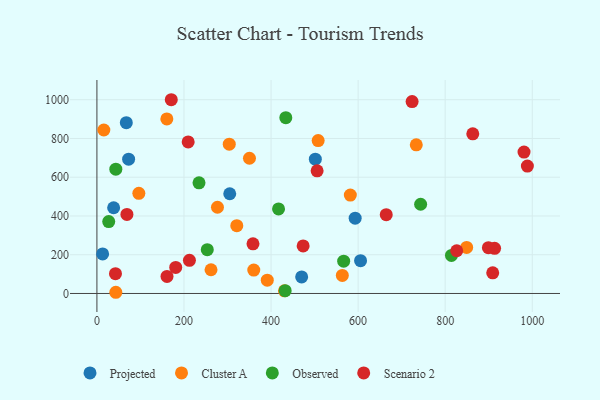
{"axis": {"x": "Price", "y": "Salary"}, "legend": ["Cluster A", "Observed", "Projected", "Scenario 2"], "data": [{"x": "13.1", "y": 204.3, "type": "Projected"}, {"x": "38.4", "y": 442.3, "type": "Projected"}, {"x": "305.1", "y": 514.7, "type": "Projected"}, {"x": "72.8", "y": 692.9, "type": "Projected"}, {"x": "593.2", "y": 388.6, "type": "Projected"}, {"x": "470.3", "y": 85.3, "type": "Projected"}, {"x": "501.7", "y": 692.9, "type": "Projected"}, {"x": "605.6", "y": 169.5, "type": "Projected"}, {"x": "67.5", "y": 881.6, "type": "Projected"}, {"x": "160.6", "y": 900.8, "type": "Cluster A"}, {"x": "430.8", "y": 13.6, "type": "Cluster A"}, {"x": "360.3", "y": 121.0, "type": "Cluster A"}, {"x": "262.1", "y": 122.5, "type": "Cluster A"}, {"x": "849.3", "y": 237.7, "type": "Cluster A"}, {"x": "96.3", "y": 517.1, "type": "Cluster A"}, {"x": "563.7", "y": 93.1, "type": "Cluster A"}, {"x": "43.4", "y": 6.2, "type": "Cluster A"}, {"x": "582.1", "y": 507.7, "type": "Cluster A"}, {"x": "391.3", "y": 68.9, "type": "Cluster A"}, {"x": "276.9", "y": 445.1, "type": "Cluster A"}, {"x": "350.4", "y": 697.8, "type": "Cluster A"}, {"x": "733.6", "y": 767.3, "type": "Cluster A"}, {"x": "508.2", "y": 789.1, "type": "Cluster A"}, {"x": "304.0", "y": 770.3, "type": "Cluster A"}, {"x": "321.3", "y": 350.1, "type": "Cluster A"}, {"x": "15.9", "y": 843.6, "type": "Cluster A"}, {"x": "566.8", "y": 166.6, "type": "Observed"}, {"x": "253.5", "y": 225.8, "type": "Observed"}, {"x": "814.4", "y": 196.3, "type": "Observed"}, {"x": "743.6", "y": 460.5, "type": "Observed"}, {"x": "417.2", "y": 436.5, "type": "Observed"}, {"x": "433.9", "y": 907.4, "type": "Observed"}, {"x": "234.5", "y": 570.9, "type": "Observed"}, {"x": "432.4", "y": 14.2, "type": "Observed"}, {"x": "43.4", "y": 641.4, "type": "Observed"}, {"x": "27.1", "y": 371.3, "type": "Observed"}, {"x": "473.7", "y": 245.2, "type": "Scenario 2"}, {"x": "212.5", "y": 171.1, "type": "Scenario 2"}, {"x": "826.5", "y": 220.5, "type": "Scenario 2"}, {"x": "68.9", "y": 408.2, "type": "Scenario 2"}, {"x": "724.0", "y": 990.6, "type": "Scenario 2"}, {"x": "209.6", "y": 782.2, "type": "Scenario 2"}, {"x": "909.2", "y": 106.4, "type": "Scenario 2"}, {"x": "505.8", "y": 632.8, "type": "Scenario 2"}, {"x": "981.1", "y": 729.5, "type": "Scenario 2"}, {"x": "358.5", "y": 256.4, "type": "Scenario 2"}, {"x": "170.8", "y": 999.9, "type": "Scenario 2"}, {"x": "988.8", "y": 657.5, "type": "Scenario 2"}, {"x": "664.6", "y": 406.8, "type": "Scenario 2"}, {"x": "181.0", "y": 134.2, "type": "Scenario 2"}, {"x": "913.5", "y": 233.1, "type": "Scenario 2"}, {"x": "863.4", "y": 823.9, "type": "Scenario 2"}, {"x": "42.6", "y": 102.0, "type": "Scenario 2"}, {"x": "161.0", "y": 87.9, "type": "Scenario 2"}, {"x": "899.3", "y": 236.6, "type": "Scenario 2"}]}